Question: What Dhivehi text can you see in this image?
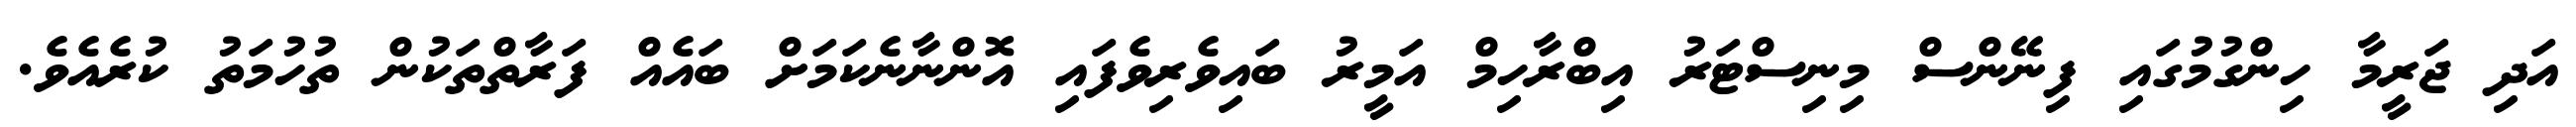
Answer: އަދި ޖަރީމާ ހިންގުމުގައި ފިނޭންސް މިނިސްޓަރު އިބްރާހިމް އަމީރު ބައިވެރިވެފައި އޮންނާނެކަމަށް ބައެއް ފަރާތްތަކުން ތުހުމަތު ކުރެއެވެ.